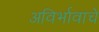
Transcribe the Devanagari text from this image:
अविर्भावाचे